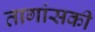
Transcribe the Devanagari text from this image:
तागांसकी